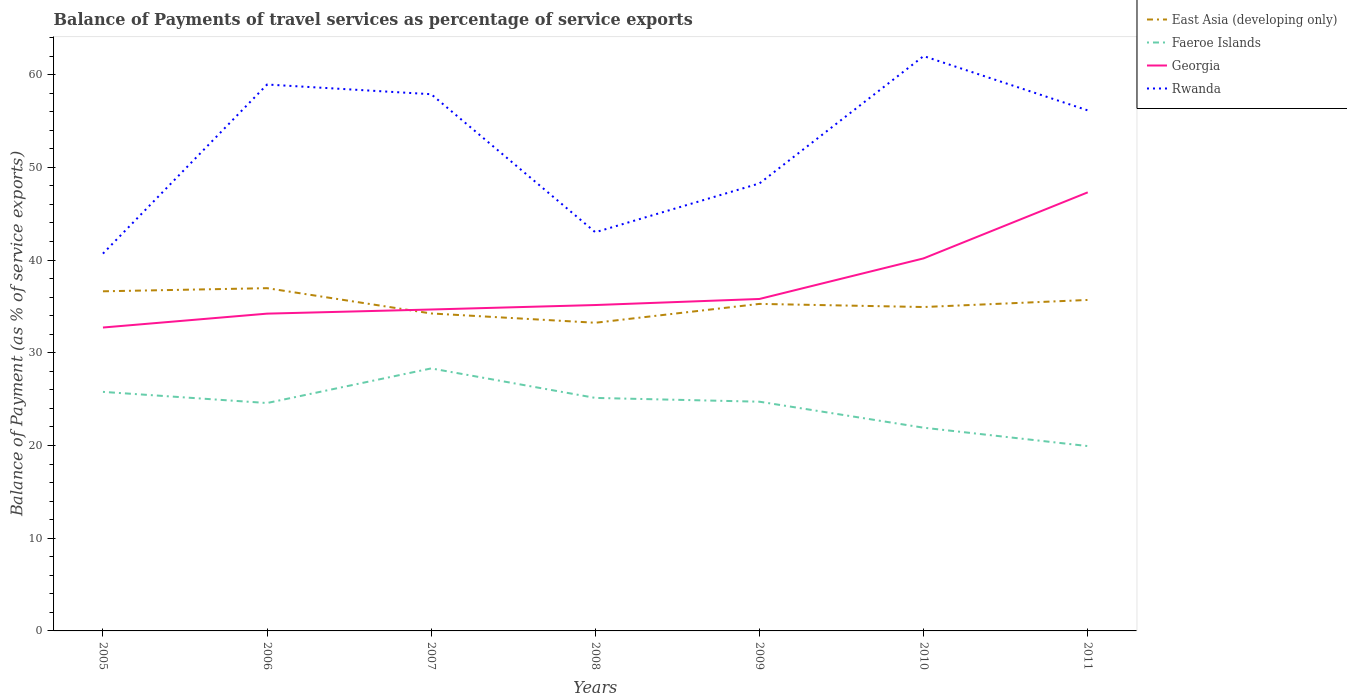
| Years | East Asia (developing only) | Faeroe Islands | Georgia | Rwanda |
 | --- | --- | --- | --- | --- |
 | 2005 | 36.6 | 25.8 | 32.7 | 40.7 |
 | 2006 | 37 | 24.6 | 34.2 | 58.9 |
 | 2007 | 34.2 | 28.3 | 34.7 | 57.9 |
 | 2008 | 33.2 | 25.1 | 35.1 | 43 |
 | 2009 | 35.3 | 24.7 | 35.8 | 48.3 |
 | 2010 | 34.9 | 21.9 | 40.2 | 62 |
 | 2011 | 35.7 | 19.9 | 47.3 | 56.1 |